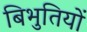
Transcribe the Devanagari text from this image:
बिभुतियों